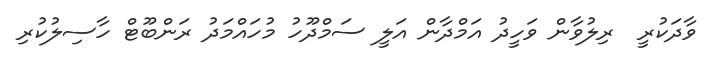
ވާދަކުރީ  ރިލުވާން ވަހީދު އަމްދާން އަލީ ސަމްދޫހު މުހައްމަދު ރަންބޫޓް ހާސިލުކުރި